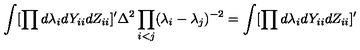
\int [ \prod d \lambda _ { i } d Y _ { i i } d Z _ { i i } ] ^ { \prime } \Delta ^ { 2 } \prod _ { i < j } ( \lambda _ { i } - \lambda _ { j } ) ^ { - 2 } = \int [ \prod d \lambda _ { i } d Y _ { i i } d Z _ { i i } ] ^ { \prime }